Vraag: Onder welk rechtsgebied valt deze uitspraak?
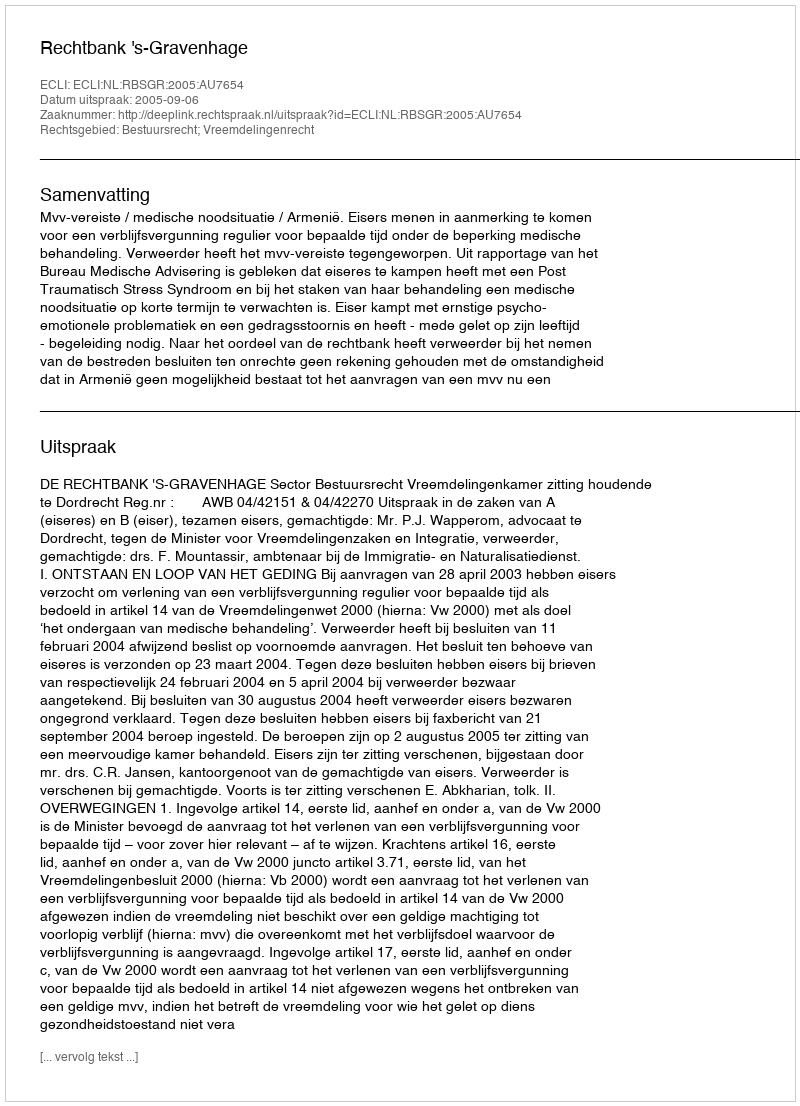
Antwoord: Bestuursrecht; Vreemdelingenrecht